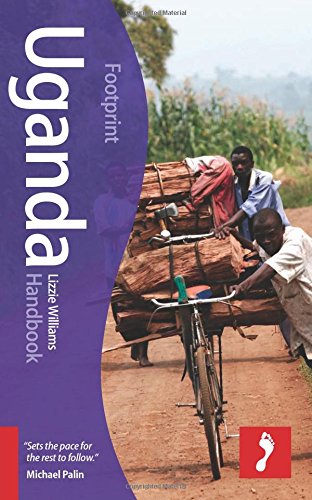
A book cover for Uganda Handbook (Footprint - Handbooks); Lizzie Williams; Travel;